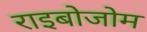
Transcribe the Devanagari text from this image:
राइबोजोम